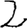
Digit: 2